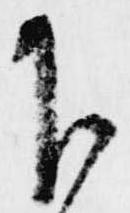
下